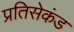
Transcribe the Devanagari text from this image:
प्रतिसेकंड